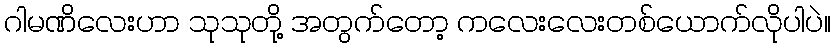
ဂါမဏိလေးဟာ သုသုတို့ အတွက်တော့ ကလေးလေးတစ်ယောက်လိုပါပဲ။